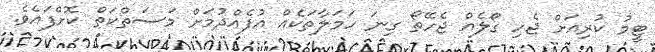
ޓީމު ކުރިއަށް ޖެހި ގޯލެއް ޖެހޭތޯ ގިނަ ހަމަލާތަކެއް އުފެއްދުމަށް މަސަތްކަތް ކޮށްފައެވެ.